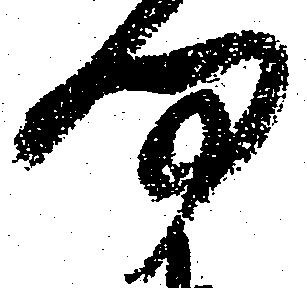
何